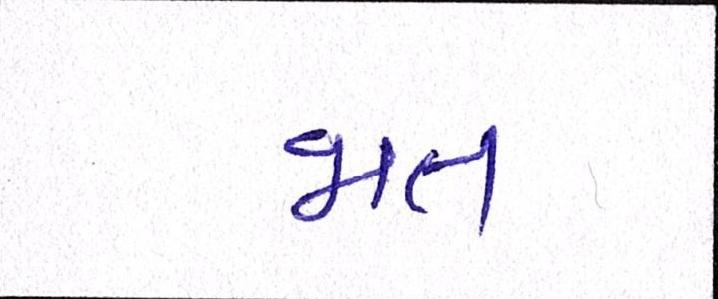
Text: જાત